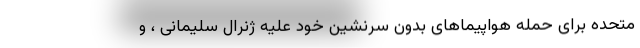
متحده برای حمله هواپیماهای بدون سرنشین خود علیه ژنرال سلیمانی ، و